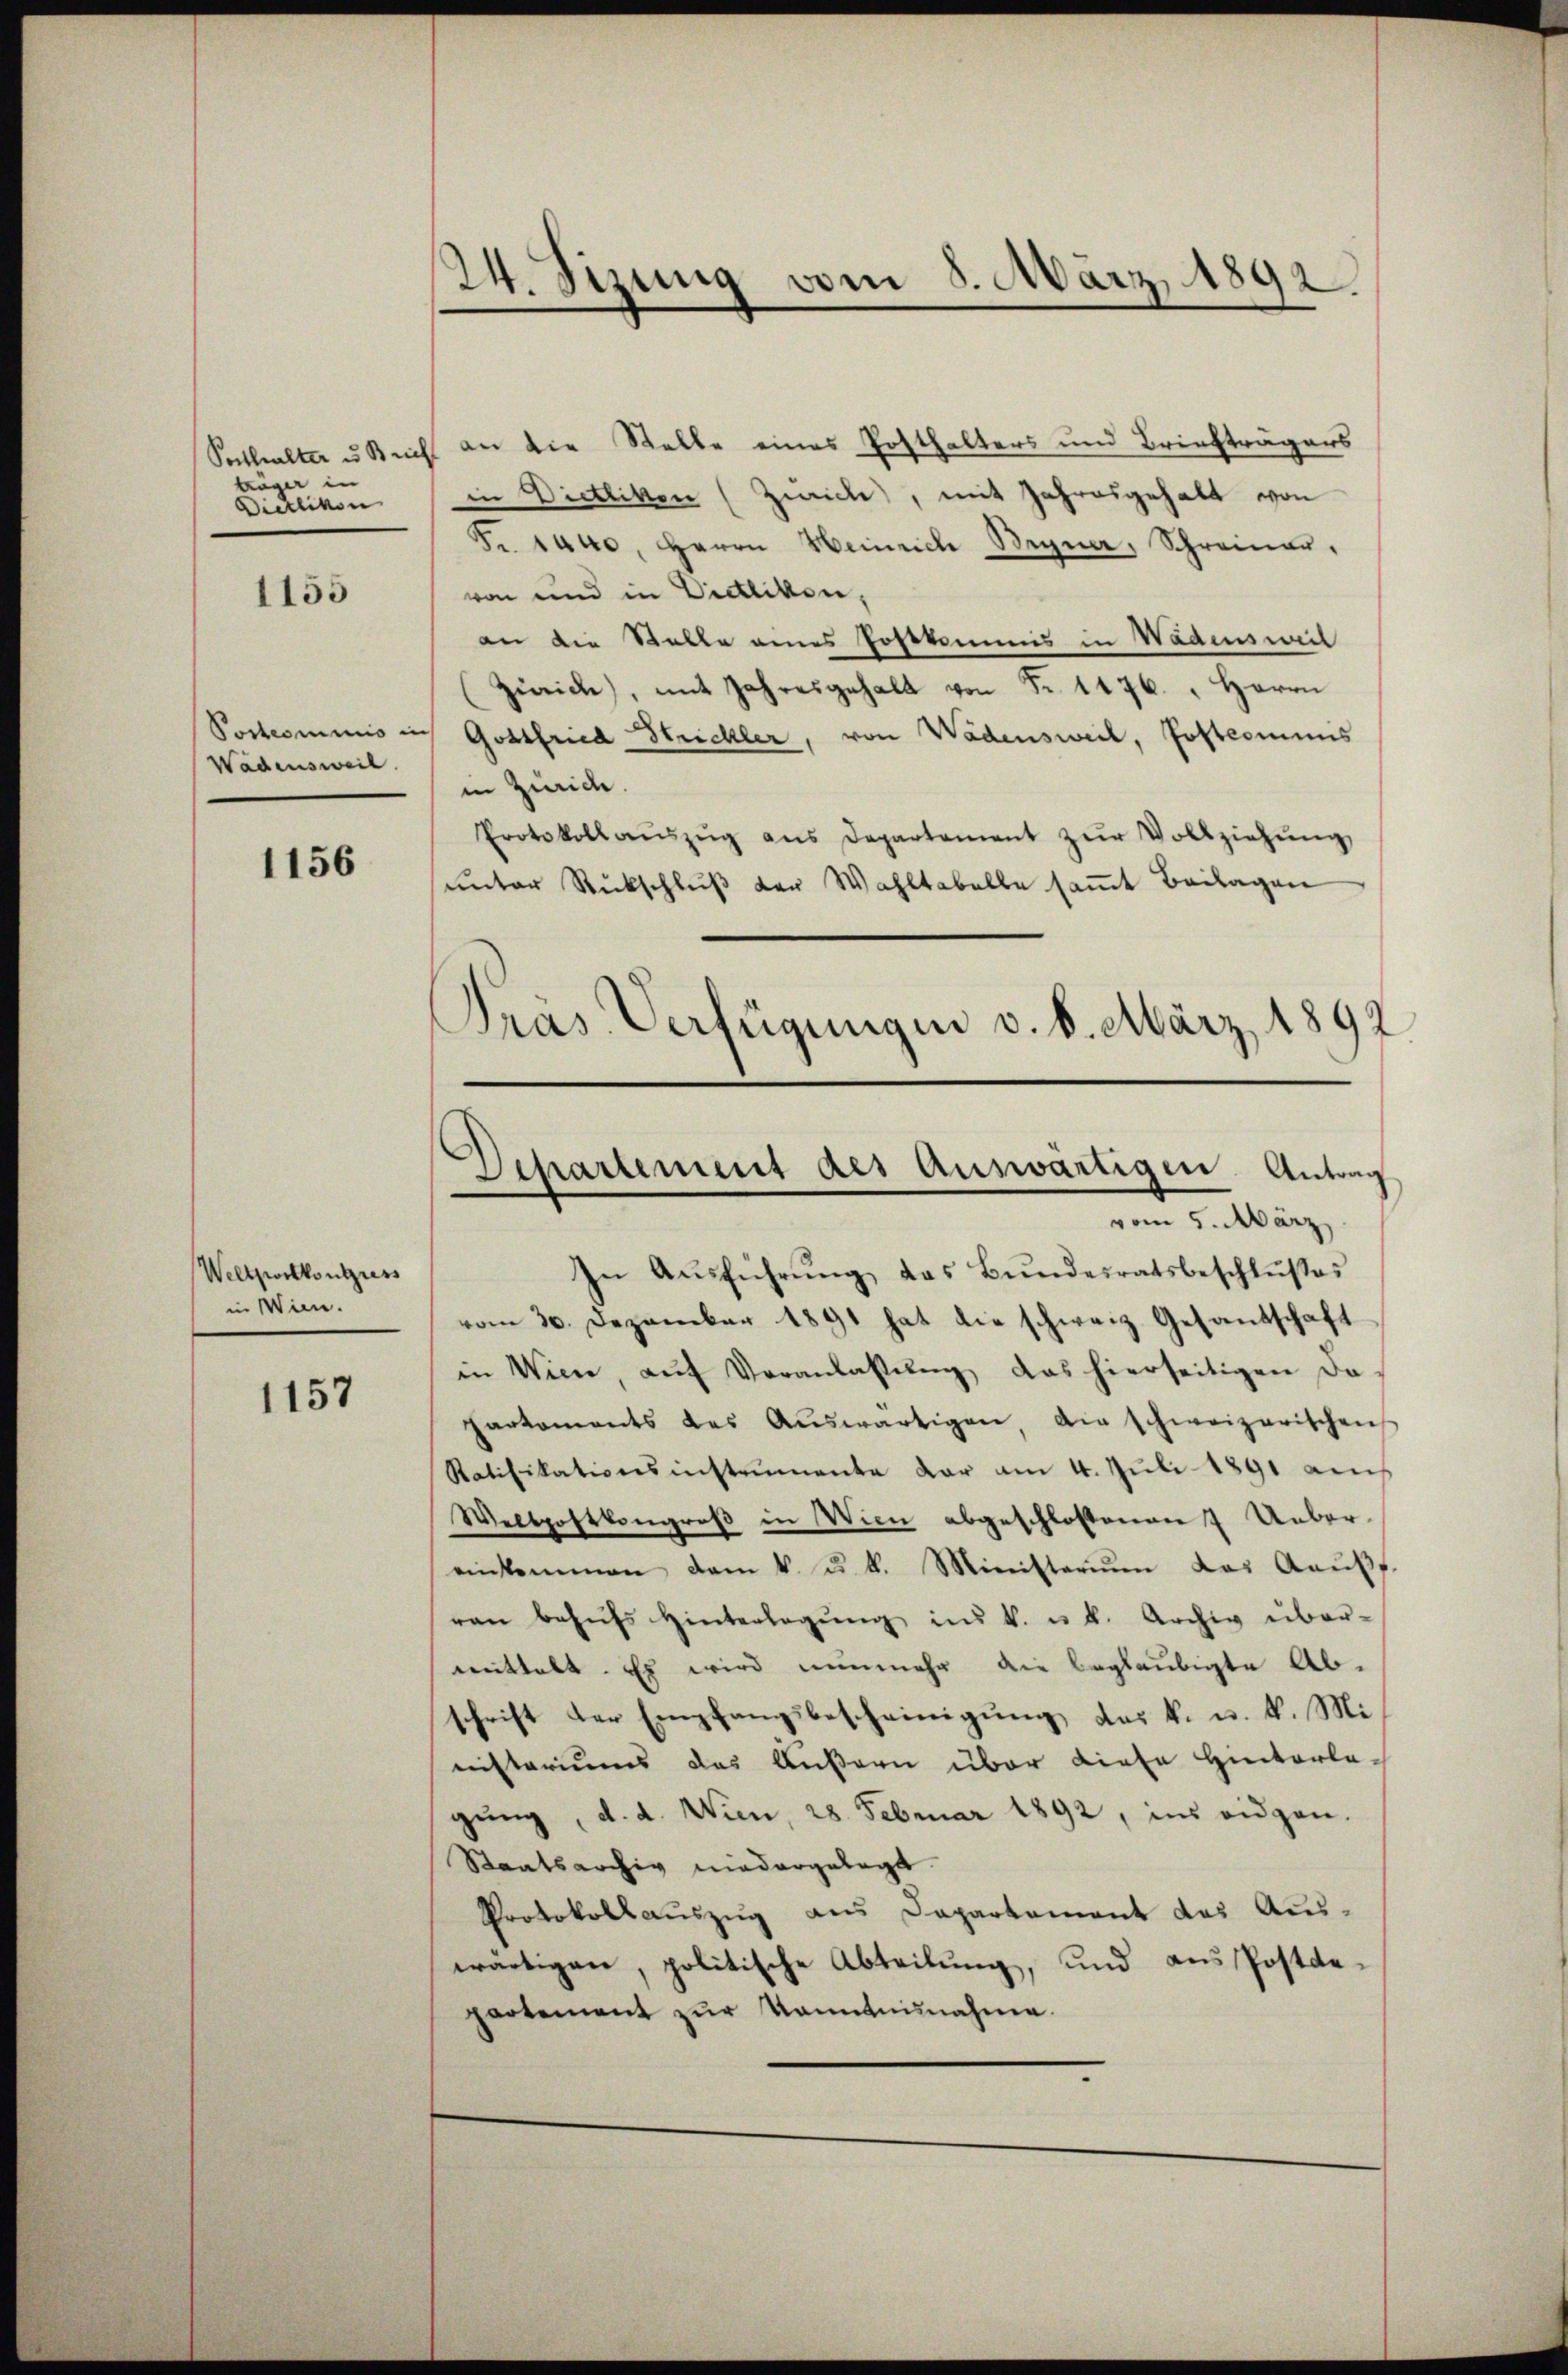
bin in
Dietlikon

1155

Wädensweil.

1156

Weltpwitkongress
in Wien.

1157

24. Sizung vom 8. März 1892

Sathalter u Recht an die Stelle eines Posthalters und Briefträgers
in Dietlikon (Zwicke, mit Jahresgehalt von
Fr. 1440, Herrn Heinrich Begner, Schreiner,
von und in Dietlikon,
an die Stalle eines Postkommis in Wadensweil
Zürich, mit Jahresgehalt von Fr. 1476. " Herrn
Postcommis in Gottfried Strickler, von Wadensweil, Postcommis
in Zürich.
Protokollaŭszŭg aŭs Departement zŭr Vollziehŭng
ŭnter Rückschlŭβ der Wahltabelle saṁt Beilagen
Präs. Verfügungen v. 6. März 1892

Departement des Auswärtigen Antrag
vom 5. März

In Ausführung das Bundesratsbeschlußes
vom 30. Dezember 1891 hat die schweiz. Gesandschaft
in Wien, aŭf Veranlassŭng das hierseitigen da-
Partements des Aŭswärtigen, die schweizerischen
Ratifikationsinstrumente dar am 4. Juli 1891 auch
Wellpostkongroß in Wien abgeschlossenen 7 Uebereinkommen dem k. u. k. Ministerium das Kaŭf
ren behŭfs Hinterlegŭng im k. u. b. Archiv über-
mittelt. Es wird nunmehr die beglaubigte Ab-
schrift der Empfangsbescheinigung, das k. u. k. Mi
nisteriums das Äußern über diese Hinterla
gŭng, d. d. Wien, 28. Februar 1892, ins eidgen.
Staatsarchiv niedergelegt.
Protokollauszug aus Departement das Auswärtigen, politische Abteilung, und aus Postgepartement zur kanntnisnahme.